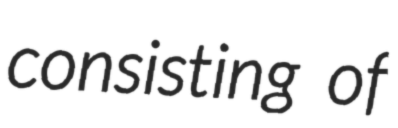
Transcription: consisting of